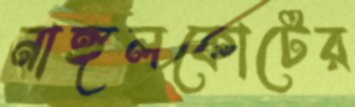
নাঙ্গলকোটের